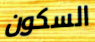
السكون